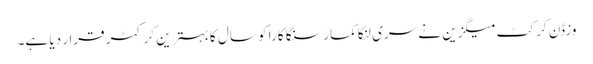
وزڈن کرکٹ میگزین نے سری لنکا کمار سنگا کارا کو سال کا بہترین کرکٹر قرار دیا ہے۔